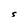
Character: S